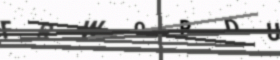
Text: FRWQPDU